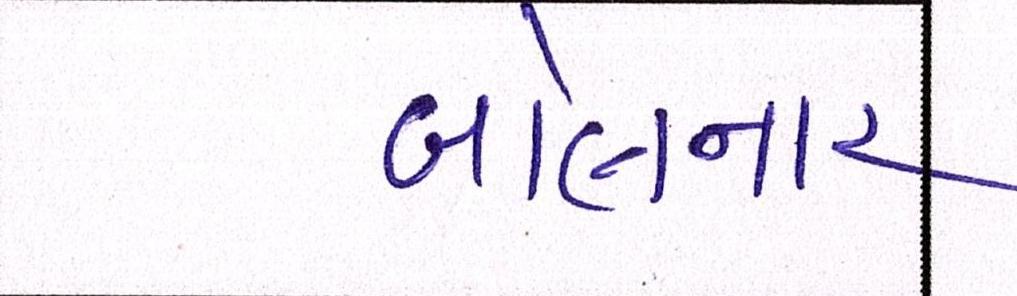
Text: બોલનાર